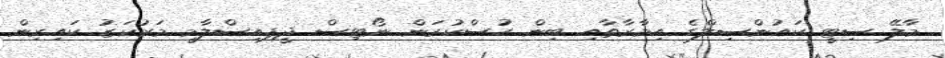
މާލޭ ސިޓީ ކައުންސިލްގެ އިމާރާތާއި ބިން ހުސްކުރަން ނޯޓިސް ދީފިއިސްލާމީ މަރުކަޒު ކައިރިން